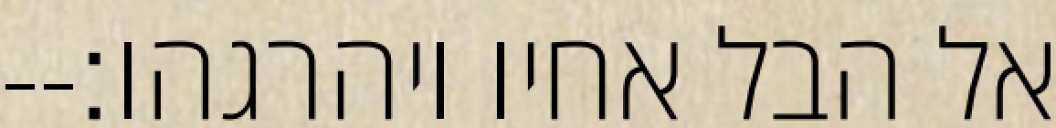
אל הבל אחיו ויהרגהו׃--